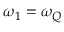
\omega _ { 1 } = \omega _ { Q }